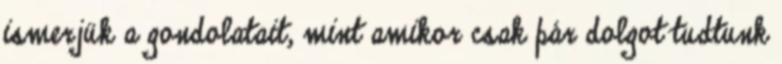
ismerjük a gondolatait, mint amikor csak pár dolgot tudtunk